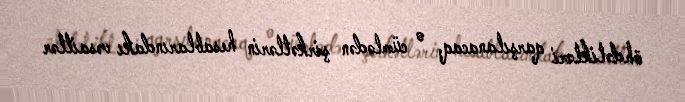
öhdəlikləri qarşılanacaq, o cümlədən şirkətlərin hesablarındakı vəsaitlər